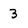
Character: 3